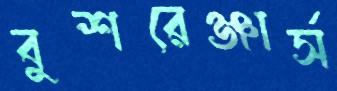
বুশরেঞ্জার্স